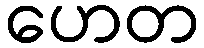
ဟေတ